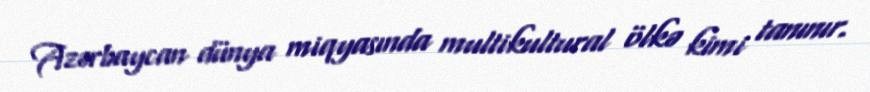
Azərbaycan dünya miqyasında multikultural ölkə kimi tanınır.